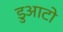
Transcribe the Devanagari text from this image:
डुआटो